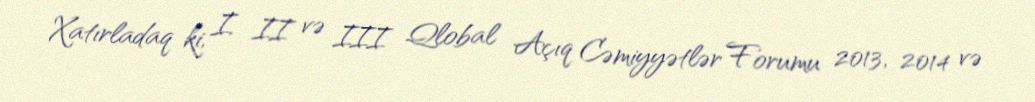
Xatırladaq ki, I, II və III Qlobal Açıq Cəmiyyətlər Forumu 2013, 2014 və